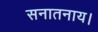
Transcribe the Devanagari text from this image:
सनातनाय।